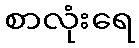
စာလုံးရေ